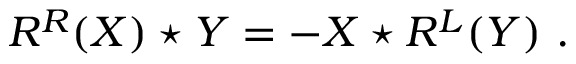
R ^ { R } ( X ) \star Y = - X \star R ^ { L } ( Y ) \ .